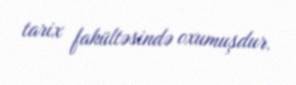
tarix fakültəsində oxumuşdur.